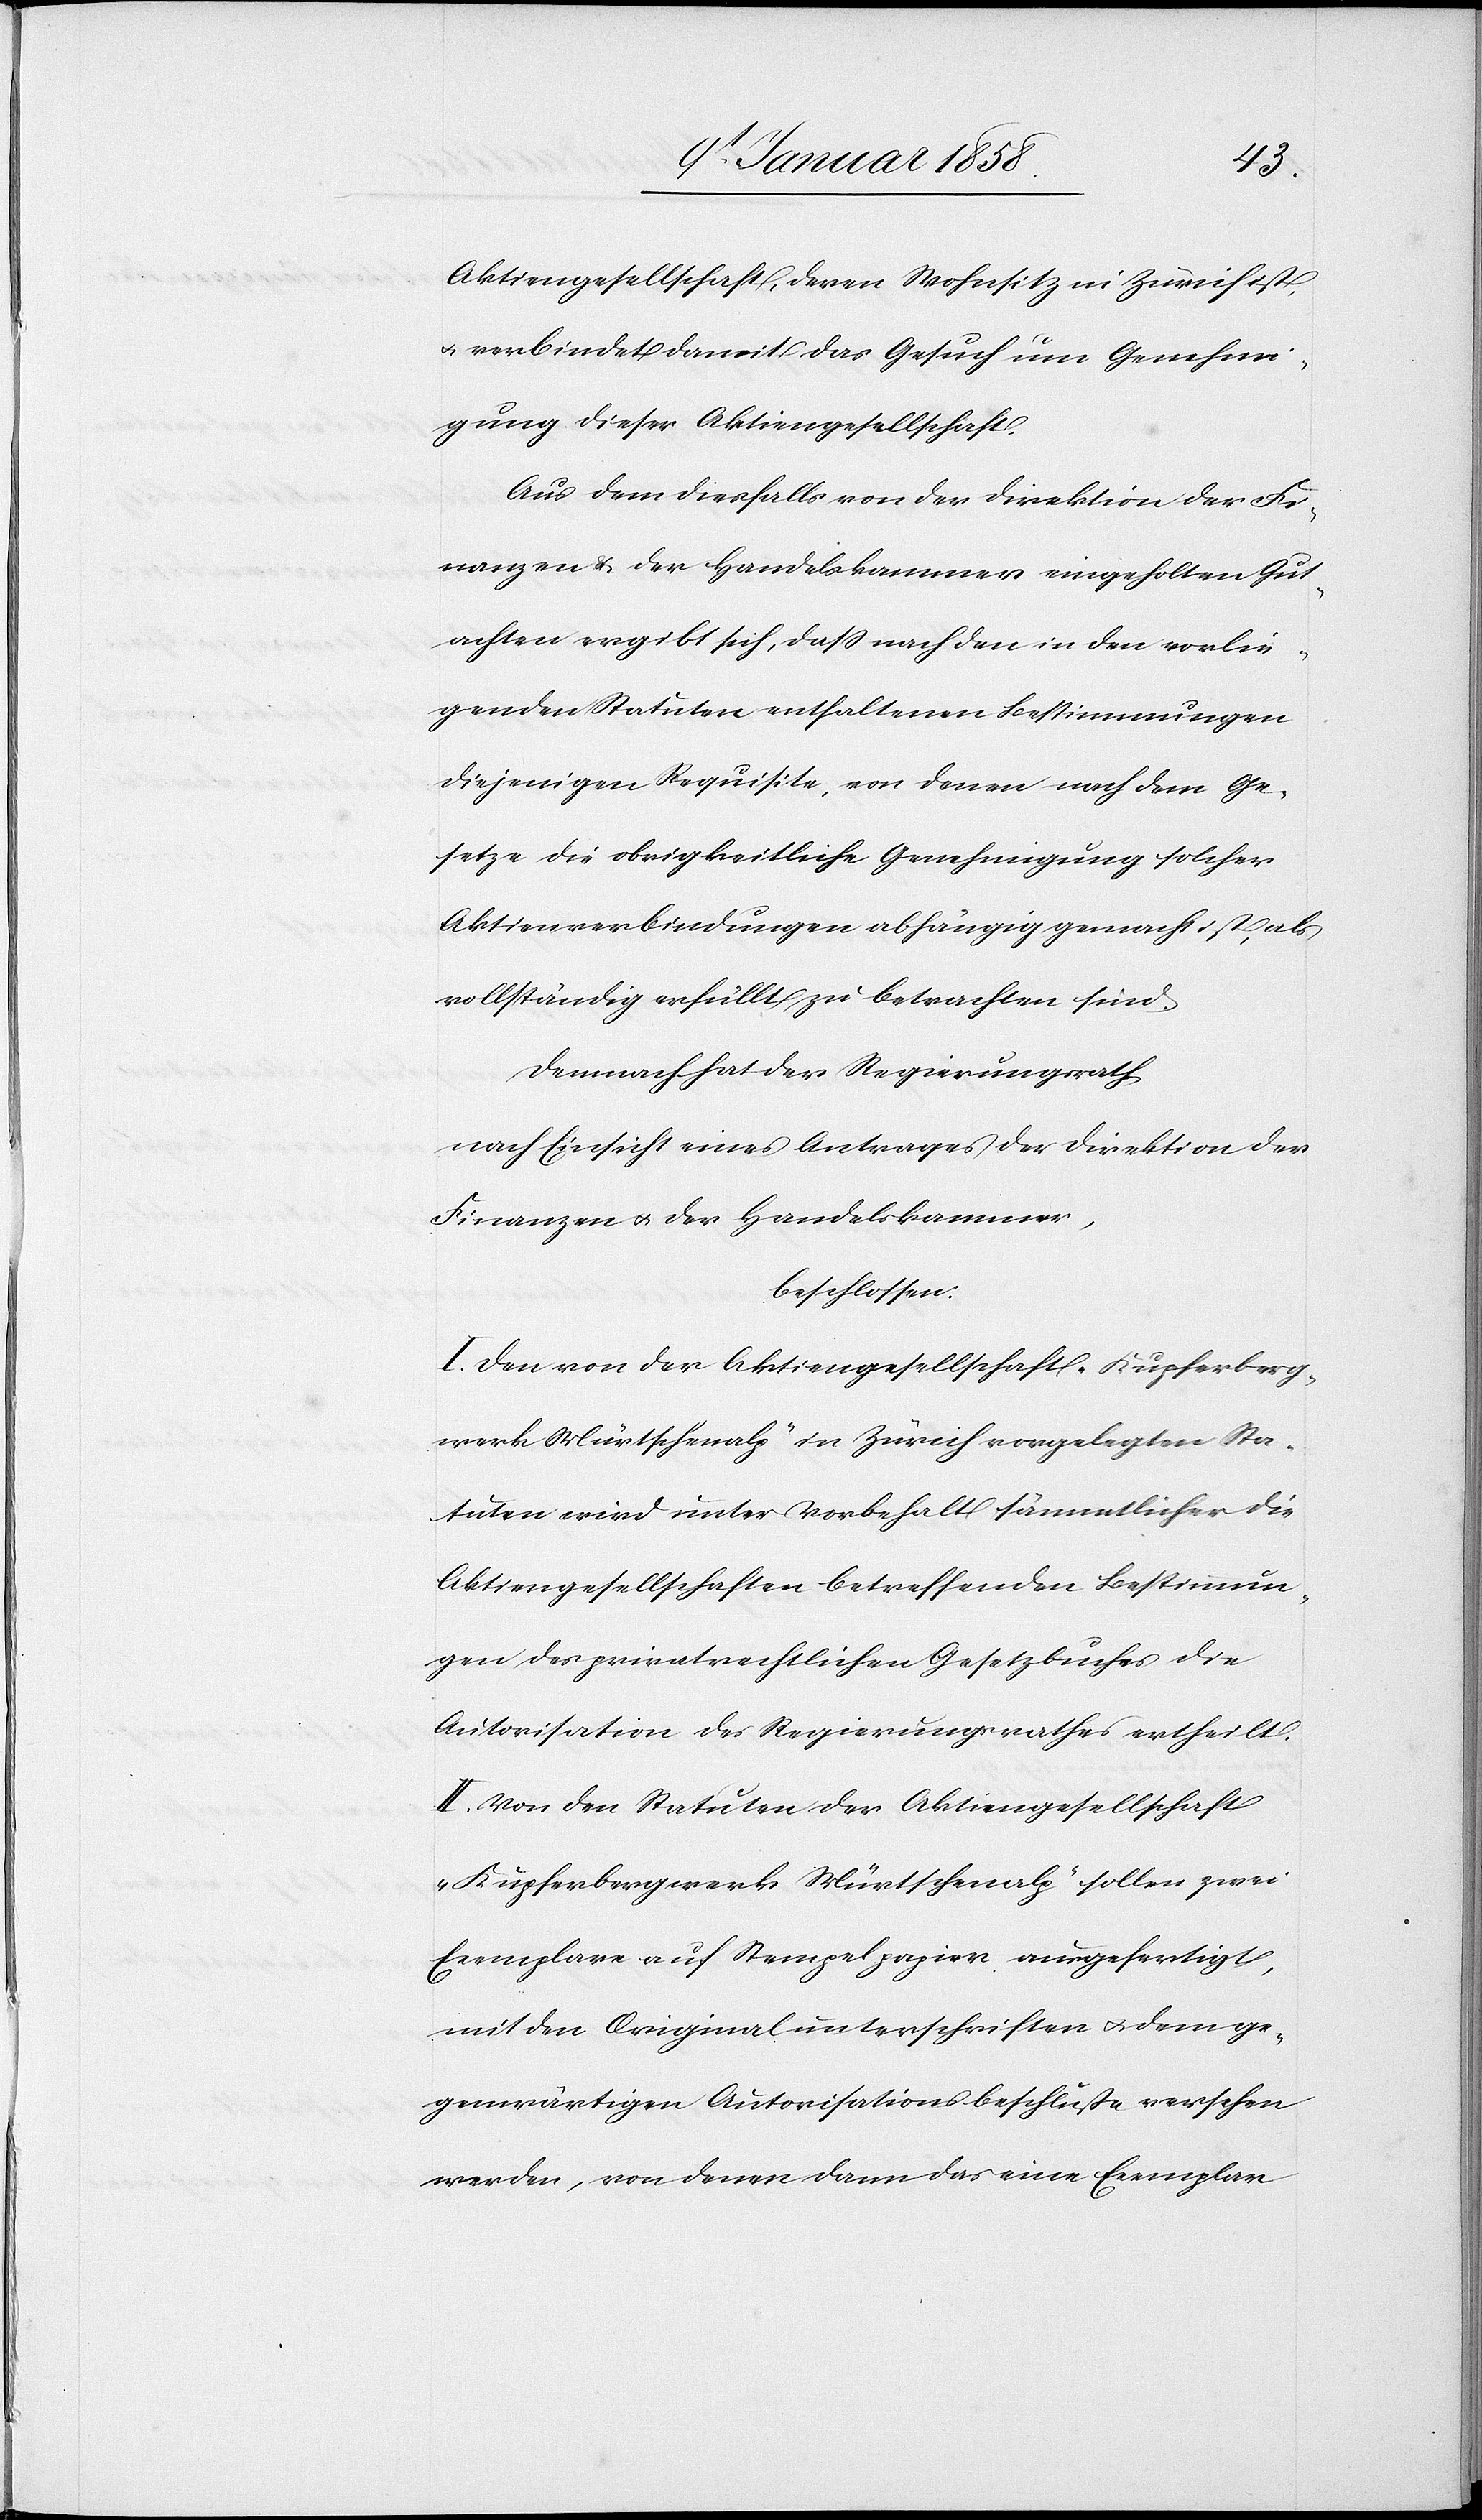
Aktiengesellschaft, deren Wohnsitz in Zürich ist,
u. verbindet damit das Gesuch um Genehmi¬
gung dieser Aktiengesellschaft.
Aus dem diesfalls von der Direktion der Fi¬
nanzen u. der Handelskammer eingeholten Gut¬
achten ergibt sich, daß nach den in den vorlie¬
genden Statuten enthaltenen Bestimmungen
diejenigen Requisite, von denen nach dem Ge¬
setze die obrigkeitliche Genehmigung solcher
Aktienverbindungen abhängig gemacht ist, als
vollständig erfüllt zu betrachten sind.
Demnach der Regierungsrath
nach Einsicht eines Antrages der Direktion der
Finanzen u. der Handelskammer,
beschlossen:
I. Den von der Aktiengesellschaft „Kupferberg¬
werk Mürtschenalp“ in Zürich vorgelegten Sta¬
tuten wird unter Vorbehalt sämmtlicher die
Aktiengesellschaften betreffenden Bestimmun¬
gen des privatrechtlichen Gesetzbuches die
Autorisation des Regierungsrathes ertheilt.
II. Von den Statuten der Aktiengesellschaft
„Kupferbergwerk Mürtschenalp“ sollen zwei
Exemplare auf Stempelpapier ausgefertigt,
mit den Originalunterschriften u. dem ge¬
genwärtigen Autorisationsbeschlusse versehen
werden, von denen dann das eine Exemplar